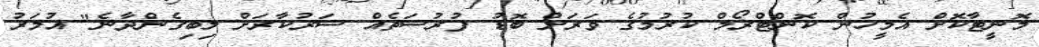
މޮނީޓާކޮށް އެމީހުން ކޮންޓްރޯލް ކުރުމުގެ ވަރަށް ބޮޑު ފުރުސަތެއް ސަރުކާރަށް ލިބިގެންދާނެ" އުމަރު